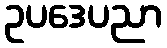
ဥပဒေပညာ